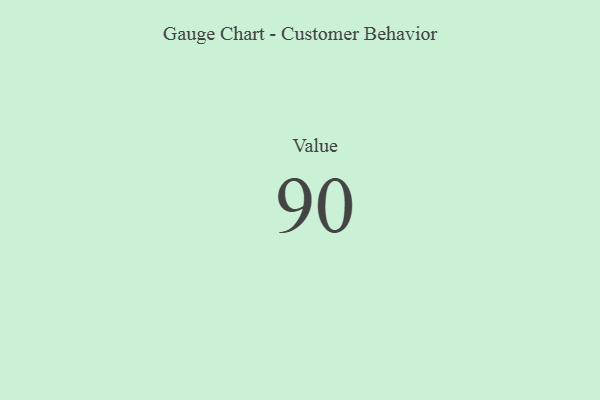
{"axis": {"x": "Metric", "y": "Value"}, "legend": [""], "data": [{"x": "Value", "y": 90, "type": ""}]}